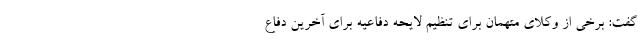
گفت: برخی از وکلای متهمان برای تنظیم لایحه دفاعیه برای آخرین دفاع